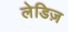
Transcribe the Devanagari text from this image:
लेडिज़